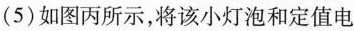
(5)如图丙所示，将该小灯泡和定值电